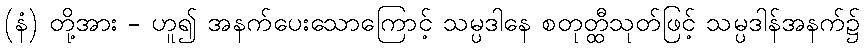
(နံ) တို့အား - ဟူ၍ အနက်ပေးသောကြောင့် သမ္ပဒါနေ စတုတ္ထီသုတ်ဖြင့် သမ္ပဒါန်အနက်၌